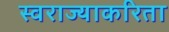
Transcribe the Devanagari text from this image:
स्वराज्याकरिता